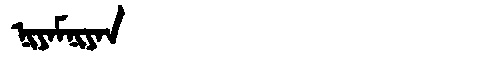
Manchu: ᠨᡳᠶᠠᠮᠨᡳᠶᠠᠨ
Romanization: NIYAMNIYAN